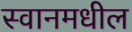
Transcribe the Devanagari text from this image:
स्वानमधील